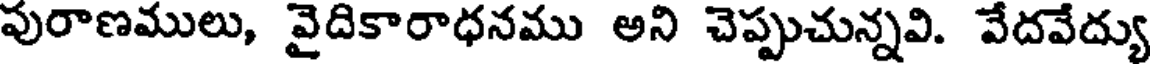
పురాణములు, వైదికారాధనము అని చెప్పుచున్నవి. వేదవేద్యు